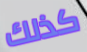
كذلك